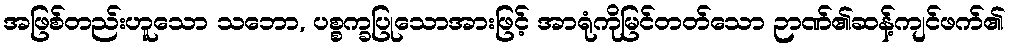
အဖြစ်တည်းဟူသော သဘော, ပစ္စက္ခပြုသောအားဖြင့် အာရုံကိုမြင်တတ်သော ဉာဏ်၏ဆန့်ကျင်ဖက်၏